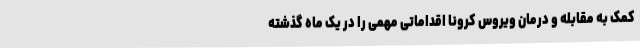
کمک به مقابله و درمان ویروس کرونا اقداماتی مهمی را در یک ماه گذشته